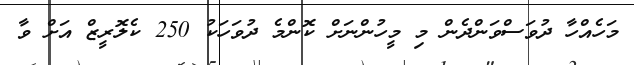
މަހެއްހާ ދުވަސްވަންދެން މި މީހުންނަށް ކޮންމެ ދުވަހަކު 250 ކެލޮރީޒް އަށް ވާ